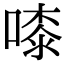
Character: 𠻟